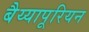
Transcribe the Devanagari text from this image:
बैय्यापूरियन